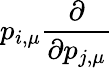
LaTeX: p_{i,\mu}\frac{\partial}{\partial p_{j,\mu}}